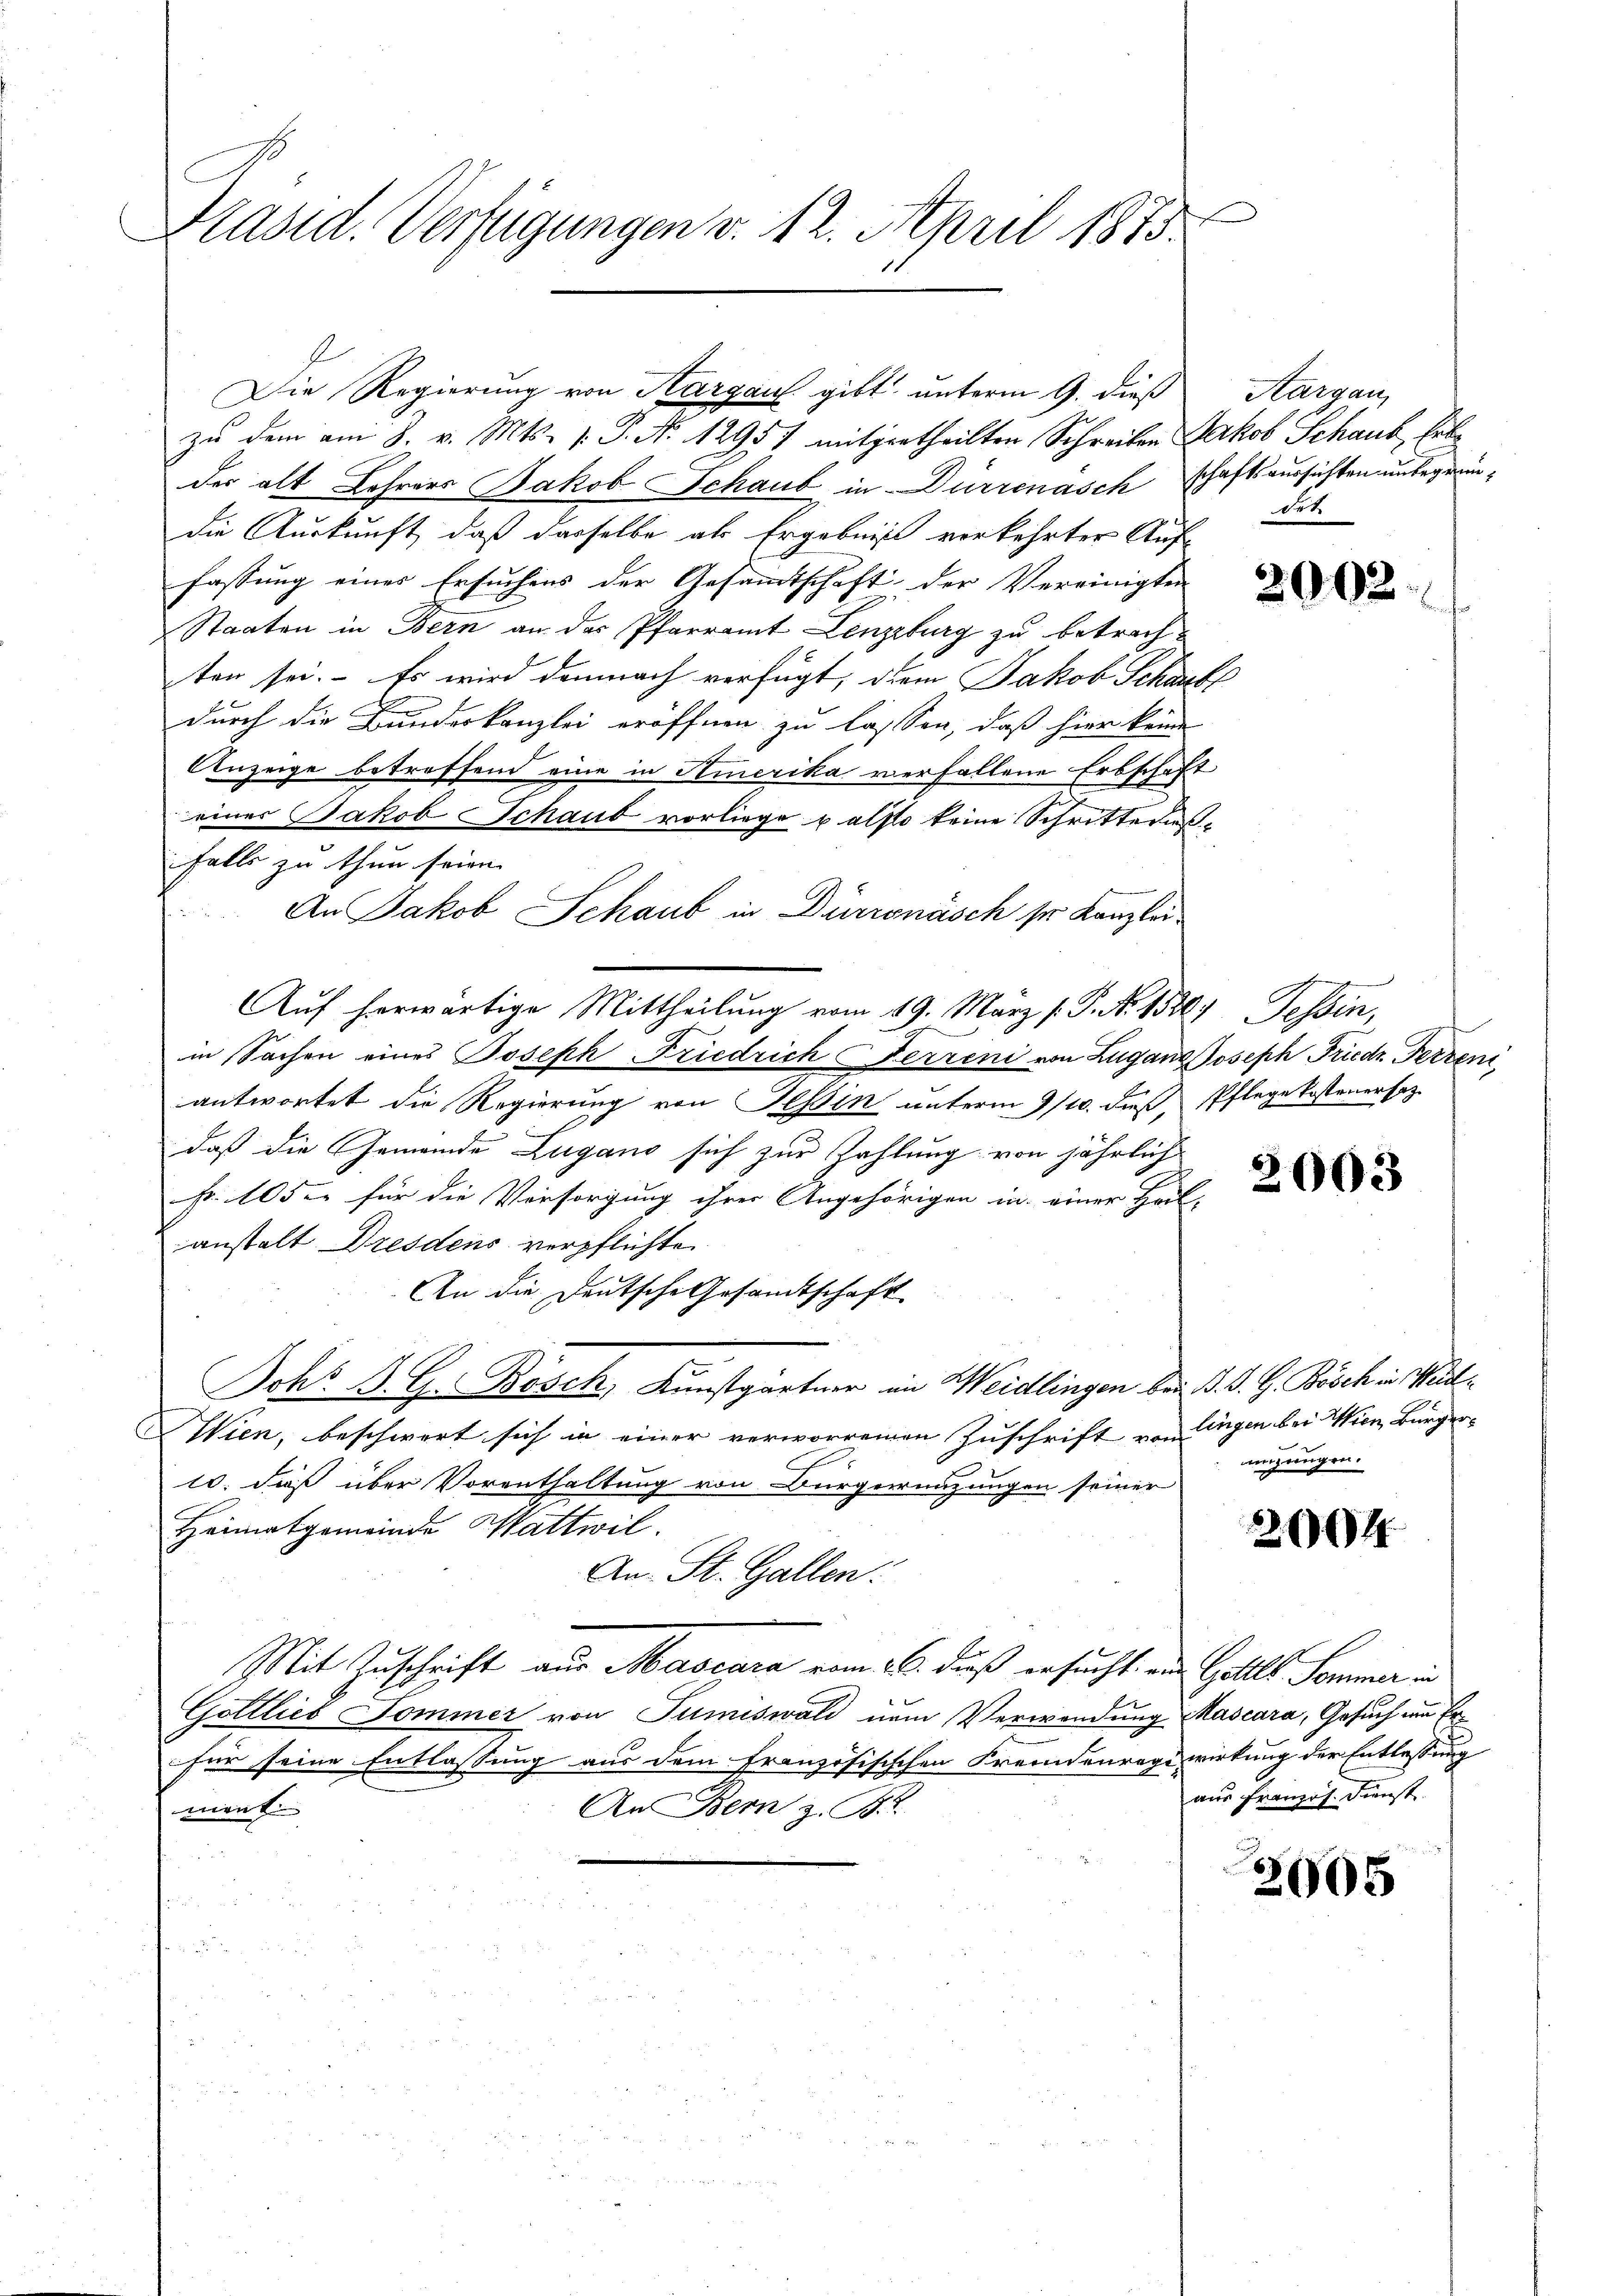
f
Präsid. Verfügungen v. 12. April 1883.

zu dem am 3. v. Mts. v. P. N. 12951 mitgertheilten Schreiben Jakob Schaus, hab
der alt Lehrers Jakob Schaub in Dürrenasch schaftsaussichten unbegründie Auskunft, daß dasselbe als Ergebnis vorkehrter Auffassung eines Ersuchens der Gesamtschaft der Vereinigten
Staaten in Bern an das Pfarramt Lenzburg zu betrachten sei. Es wird demnach verfügt, dem Jakob Schaufs
durch die Bundeskanzlei eröffnen zu lassen, daß hier keine
Anzeige betreffend eine in Amerika verfallene Erbschaft
einer Jakob Schaud vorliege u also keine Schritterisfalls zu thun seien.
An Jakob Schaub in Dürronäsch sr. Kanzlei
Auf herwärtige Mittheilung vom 19. März /: P. Nr. 1320) Tessin,
in Sachen eines Joseph Friedrich erreni von Zuganz Joseph Friedr Ferreni
antwortet die Regierung von Tessin unterm 9/10. daß, Pflege kostenersetz
daß die Gemeinde Zugano sich zur Zahlung von jährlich
Fr. 105 für die Versorgung ihrer Angehörigen in einer Heil-
anstalt Dresdens verpflichte
An die Deutsche Gesandtschaft
Johs. B. G. Bosch, Kunstgärtner in Weidlingen bei d. d. G. Bösch in Weidl
Wien, beschwert sich in einer verworrenen Zuschrift von
10. daß über Vorenthaltung von Bürgerrenzungen seiner
Heimatgemeinde Wattwil.
An St. Gallen.
Mit Zuschrift aus Mascara vom 26. dieß ersucht, und Galles Sommer in
r
Göttlieb Sommer von Tumiswald num Verwendung Mascara, Gesuch ein Er
für seine Entlassung aus dem französisischen Fremdenrege wirkung der Entlassung
An Bern z. B.
ment

Die Regierung von Aargau gibt unterm 9. dieß Aargau,

Ort.

2002.

2003

lingen bei Wien, Bürgeranzungen.

2064

aus französ. Dienst.

3605